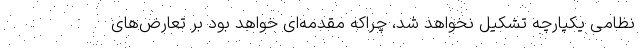
نظامی یکپارچه تشکیل نخواهد شد، چراکه مقدمه‌ای خواهد بود بر تعارض‌های